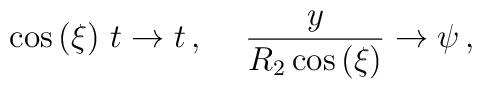
\cos\left(\xi\right)\, t\to t\, ,\hspace{.5cm}\frac{y}{R_{2}\cos\left(\xi\right)}\to \psi\, ,